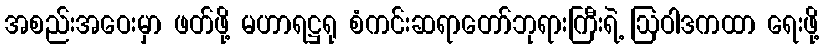
အစည်းအဝေးမှာ ဖတ်ဖို့ မဟာရဋ္ဌရု စံကင်းဆရာတော်ဘုရားကြီးရဲ့ ဩဝါဒကထာ ရေးဖို့